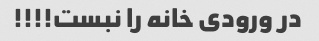
در ورودی خانه را نبست!!!!